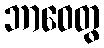
ဘာဝေတွ